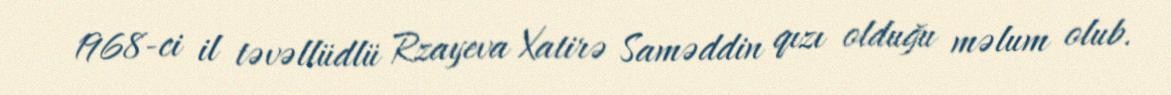
1968-ci il təvəllüdlü Rzayeva Xatirə Saməddin qızı olduğu məlum olub.